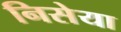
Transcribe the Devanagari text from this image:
निसेया